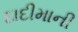
દાદીમાની